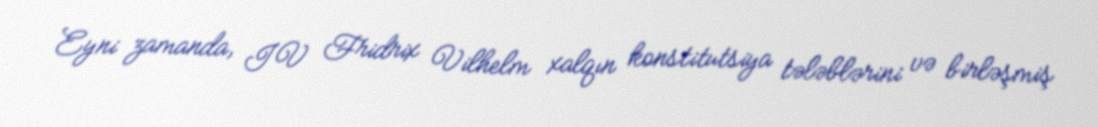
Eyni zamanda, IV Fridrix Vilhelm xalqın konstitutsiya tələblərini və birləşmiş